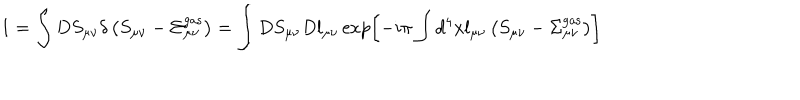
LaTeX: 1 = \int D S _ { \mu \nu } \delta \left( S _ { \mu \nu } - \Sigma _ { \mu \nu } ^ { \mathrm { g a s } } \right) = \int D S _ { \mu \nu } D l _ { \mu \nu } \exp \left[ - i \pi \int d ^ { 4 } x l _ { \mu \nu } \left( S _ { \mu \nu } - \Sigma _ { \mu \nu } ^ { \mathrm { g a s } } \right) \right]